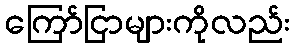
ကြော်ငြာများကိုလည်း